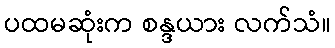
ပထမဆုံးက စန္ဒယား လက်သံ။